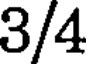
3/4